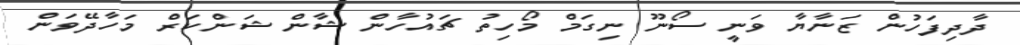
ދާދިފަހުން ޒަނާޔާ ވަނީ ސޯނޫ ނިގަމް މޯހިތު ޗައުހާން ޝާން ޝަންކަރް މަހާދޭވަން